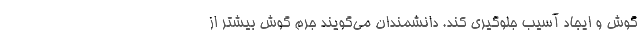
گوش و ایجاد آسیب جلوگیری کند. دانشمندان می‌گویند جرم گوش بیشتر از